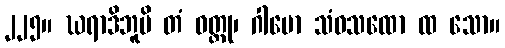
၂၂၅။ ဃရာဒိဘူမိ တံ ဝတ္ထု၊ ဂါမော သံဝသထော ထ သော။